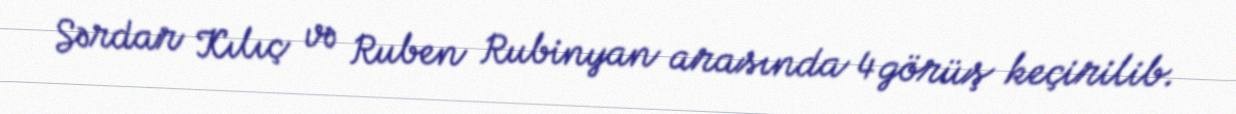
Sərdar Kılıç və Ruben Rubinyan arasında 4 görüş keçirilib.